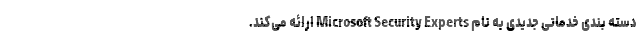
دسته بندی خدماتی جدیدی به نام Microsoft Security Experts ارائه می‌کند.